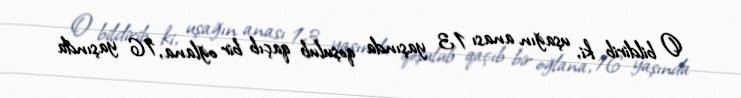
O bildirib ki, uşağın anası 13 yaşında qoşulub qaçıb bir oğlana, 16 yaşında